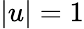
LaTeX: |u|=1